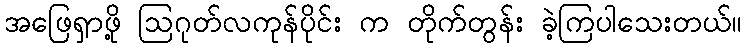
အဖြေရှာဖို့ ဩဂုတ်လကုန်ပိုင်း က တိုက်တွန်း ခဲ့ကြပါသေးတယ်။